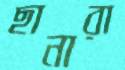
ছানারা